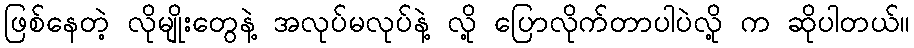
ဖြစ်နေတဲ့ လိုမျိုးတွေနဲ့ အလုပ်မလုပ်နဲ့ လို့ ပြောလိုက်တာပါပဲလို့ က ဆိုပါတယ်။